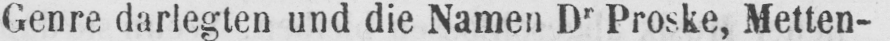
Genre darlegten und die Namen Dr Proske, Metten-